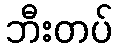
ဘီးတပ်